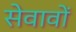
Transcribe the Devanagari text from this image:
सेवावों